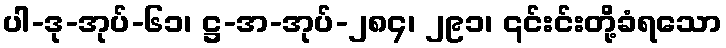
ပါ-ဒု-အုပ်-၆၁၊ ဋ္ဌ-အ-အုပ်-၂၈၄၊ ၂၉၁၊ ၎င်းင်းတို့ခံရသော